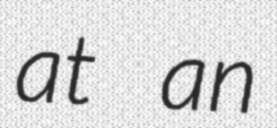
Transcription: at an